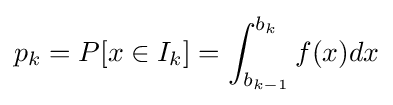
p_{k}=P[x\in I_{k}]=\int _{b_{k-1}}^{b_{k}}f(x)dx